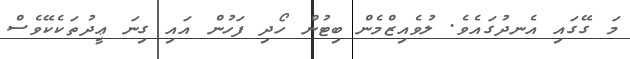
މަ ގޭގައި އެނދުގައެވެ. ލުވެއިޒްމެން ބިޓުން ހޯދި ފަހުން އައި ގިނަ ޢީދުތަކެކޭވެސް